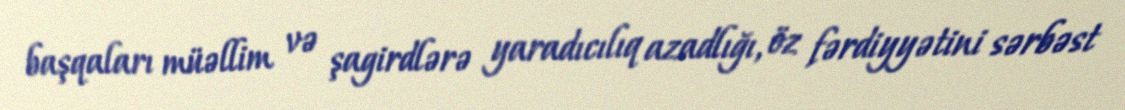
başqaları müəllim və şagirdlərə yaradıcılıq azadlığı, öz fərdiyyətini sərbəst